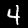
Digit: 4